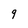
Character: 9